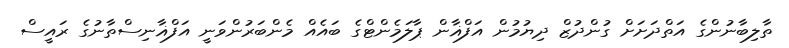
ތާލިބާނުންގެ އަތްދަށަށް ގުންދުޒް ދިޔުމުން އަފްޣާން ޕާލަމެންޓްގެ ބައެއް މެންބަރުންވަނީ އަފްޣާނިސްތާނުގެ ރައީސް